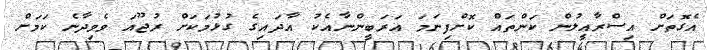
އެގޮތަށް އިސްރާއީލުން ކަންތައް ކޮށްފިނަމަ އަރަބީންނާއެކު އާދައިގެ ގުޅުމަކަށް ރުޖޫއަ ވެވިދާނެ ކަމަށް